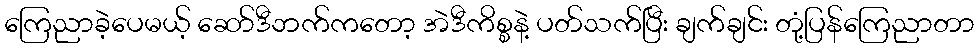
ကြေညာခဲ့ပေမယ့် ဆော်ဒီဘက်ကတော့ အဲဒီကိစ္စနဲ့ ပတ်သက်ပြီး ချက်ချင်း တုံ့ပြန်ကြေညာတာ